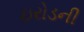
ઇરોડની